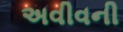
અવીવની